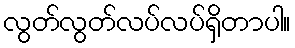
လွတ်လွတ်လပ်လပ်ရှိတာပါ။